画像に写った文字を読んでください
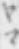
「ヤマ」と書いてあります